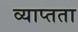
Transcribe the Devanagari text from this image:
व्याप्तता